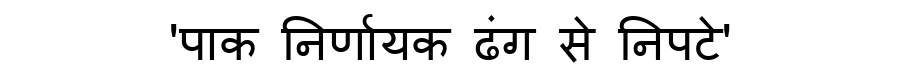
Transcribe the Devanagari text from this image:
'पाक निर्णायक ढंग से निपटे'